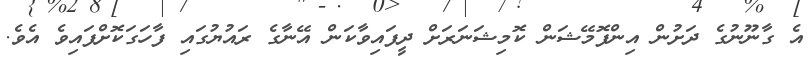
އެ ގާނޫނުގެ ދަށުން އިންފޮމޭޝަން ކޮމިޝަނަރަށް ދީފައިވާކަން އޭނާގެ ރައުޔުގައި ފާހަގަކޮށްފައިވެ އެވެ.